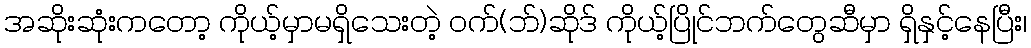
အဆိုးဆုံးကတော့ ကိုယ့်မှာမရှိသေးတဲ့ ဝက်(ဘ်)ဆိုဒ် ကိုယ့်ပြိုင်ဘက်တွေဆီမှာ ရှိနှင့်နေပြီး၊